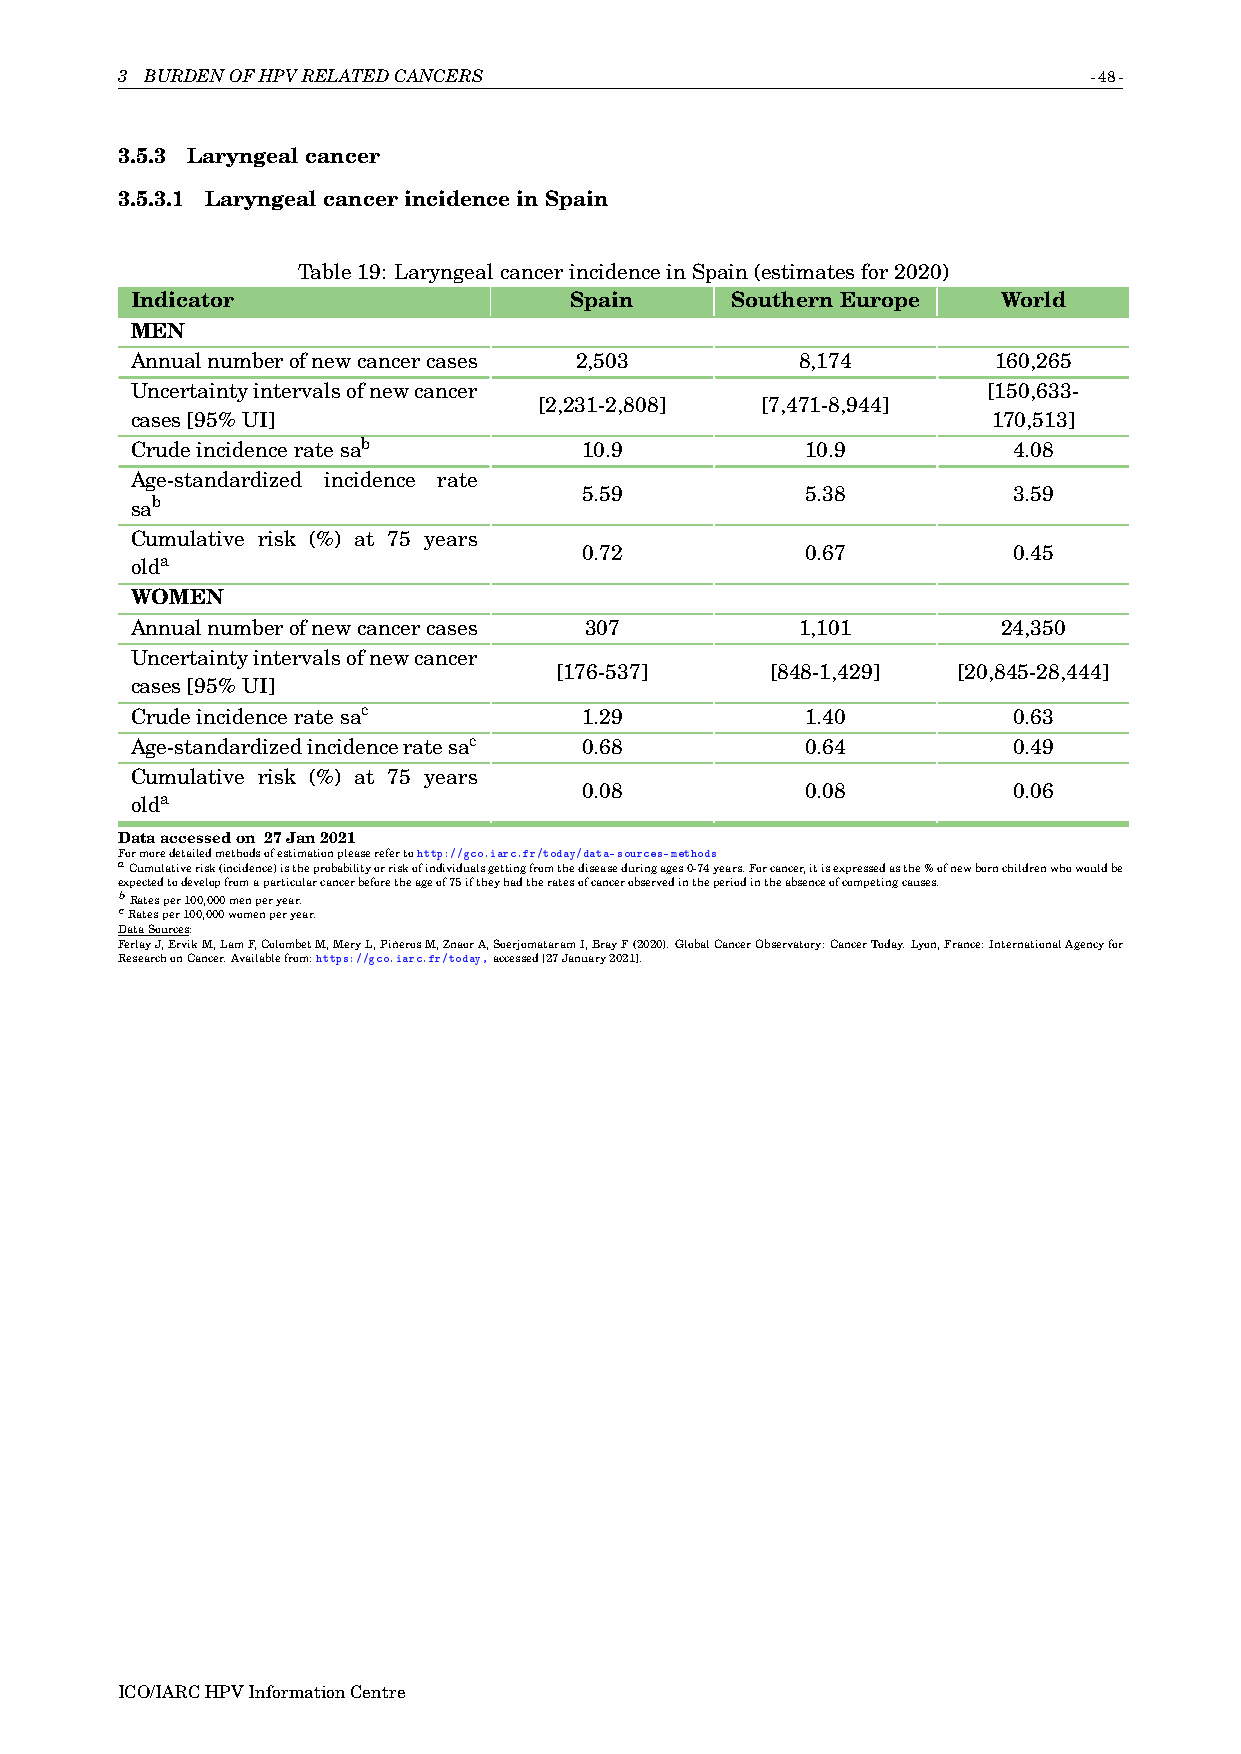
3 BURDENOFHPVRELATEDCANCERS                                     -48-
 3.5.3 Laryngealcancer
 3.5.3.1 LaryngealcancerincidenceinSpain
 Table19: LaryngealcancerincidenceinSpain(estimatesfor2020)
 Indicator                    Spain     SouthernEurope    World
 MEN
 Annualnumberofnewcancercases 2,503          8,174        160,265
 Uncertaintyintervalsofnewcancer                         [150,633-
 [2,231-2,808] [7,471-8,944]
 cases[95%UI]                                             170,513]
 Crudeincidenceratesab        10.9           10.9          4.08
 Age-standardized incidence rate
 5.59           5.38          3.59
 sab
 Cumulative risk (%) at 75 years
 0.72           0.67          0.45
 olda
 WOMEN
 Annualnumberofnewcancercases  307           1,101        24,350
 Uncertaintyintervalsofnewcancer
 [176-537]     [848-1,429] [20,845-28,444]
 cases[95%UI]
 Crudeincidenceratesac        1.29           1.40          0.63
 Age-standardizedincidenceratesac 0.68       0.64          0.49
 Cumulative risk (%) at 75 years
 0.08           0.08          0.06
 olda
 Dataaccessedon 27Jan2021
 Formoredetailedmethodsofestimationpleaserefertohttp://gco.iarc.fr/today/data-sources-methods
 aCumulativerisk(incidence)istheprobabilityorriskofindividualsgettingfromthediseaseduringages0-74years.Forcancer,itisexpressedasthe%ofnewbornchildrenwhowouldbe
 expectedtodevelopfromaparticularcancerbeforetheageof75iftheyhadtheratesofcancerobservedintheperiodintheabsenceofcompetingcauses.
 bRatesper100,000menperyear.
 cRatesper100,000womenperyear.
 DataSources:
 FerlayJ,ErvikM,LamF,ColombetM,MeryL,PiñerosM,ZnaorA,SoerjomataramI,BrayF(2020).GlobalCancerObservatory:CancerToday.Lyon,France:InternationalAgencyfor
 ResearchonCancer.Availablefrom:https://gco.iarc.fr/today,accessed[27January2021].
 ICO/IARCHPVInformationCentre